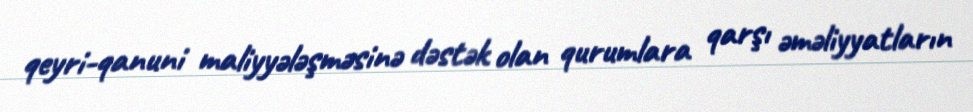
qeyri-qanuni maliyyələşməsinə dəstək olan qurumlara qarşı əməliyyatların